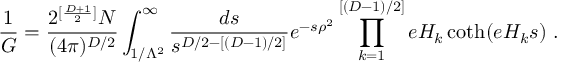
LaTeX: \frac { 1 } { G } = \frac { 2 ^ { [ \frac { D + 1 } { 2 } ] } N } { ( 4 \pi ) ^ { D / 2 } } \int _ { 1 / \Lambda ^ { 2 } } ^ { \infty } \frac { d s } { s ^ { D / 2 - [ ( D - 1 ) / 2 ] } } e ^ { - s \rho ^ { 2 } } \prod _ { k = 1 } ^ { [ ( D - 1 ) / 2 ] } e H _ { k } \coth ( e H _ { k } s ) ~ .